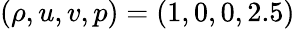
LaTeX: (\rho,u,v,p)=(1,0,0,2.5)